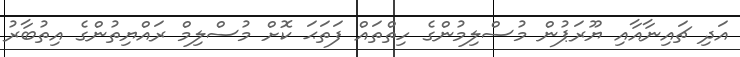
އަދި ޗައިނާއާއި ޔޫރަޕުން މުސްލިމުންގެ ހިތްތައް ފަތަޙަ ކޮށް މުސްލިމް ރައްޔިތުންގެ އިތުބާރު